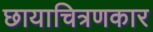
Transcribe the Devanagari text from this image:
छायाचित्रणकार